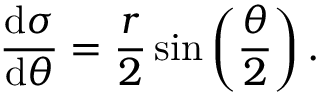
{ \frac { \mathrm { d } \sigma } { \mathrm { d } \theta } } = { \frac { r } { 2 } } \sin \left( { \frac { \theta } { 2 } } \right) .